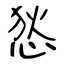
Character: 悐